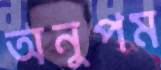
অনুপম